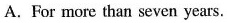
A.For more than seven years.